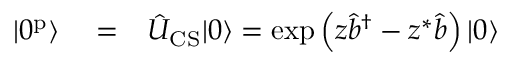
\begin{array} { r l r } { \left| 0 ^ { \mathrm { p } } \right\rangle } & { { } = } & { \hat { U } _ { \mathrm { C S } } | 0 \rangle = \exp \left( z \hat { b } ^ { \dagger } - z ^ { \ast } \hat { b } \right) \left| 0 \right\rangle } \end{array}